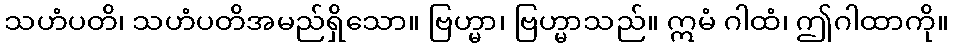
သဟံပတိ၊ သဟံပတိအမည်ရှိသော။ ဗြဟ္မာ၊ ဗြဟ္မာသည်။ ဣမံ ဂါထံ၊ ဤဂါထာကို။